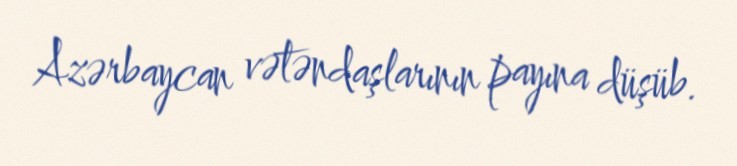
Azərbaycan vətəndaşlarının payına düşüb.